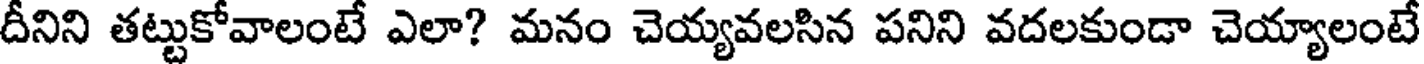
దీనిని తట్టుకోవాలంటే ఎలా? మనం చెయ్యవలసిన పనిని వదలకుండా చెయ్యాలంటే